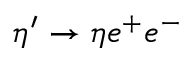
\eta ^ { \prime } \rightarrow \eta e ^ { + } e ^ { - }